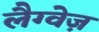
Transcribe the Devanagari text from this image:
लैग्वेज़